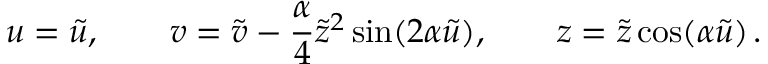
u = \tilde { u } , \qquad v = \tilde { v } - \frac { \alpha } { 4 } \tilde { z } ^ { 2 } \sin ( 2 \alpha \tilde { u } ) , \qquad z = \tilde { z } \cos ( \alpha \tilde { u } ) \, .